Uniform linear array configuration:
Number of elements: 4
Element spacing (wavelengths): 0.75
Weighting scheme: cosine
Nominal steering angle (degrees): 60
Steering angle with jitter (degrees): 59.508
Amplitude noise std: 0.05
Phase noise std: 0.05

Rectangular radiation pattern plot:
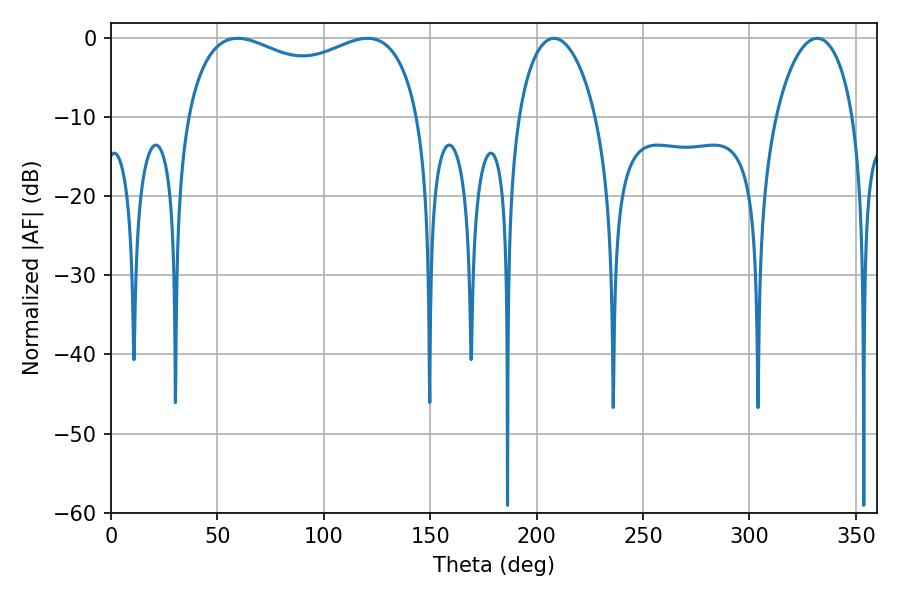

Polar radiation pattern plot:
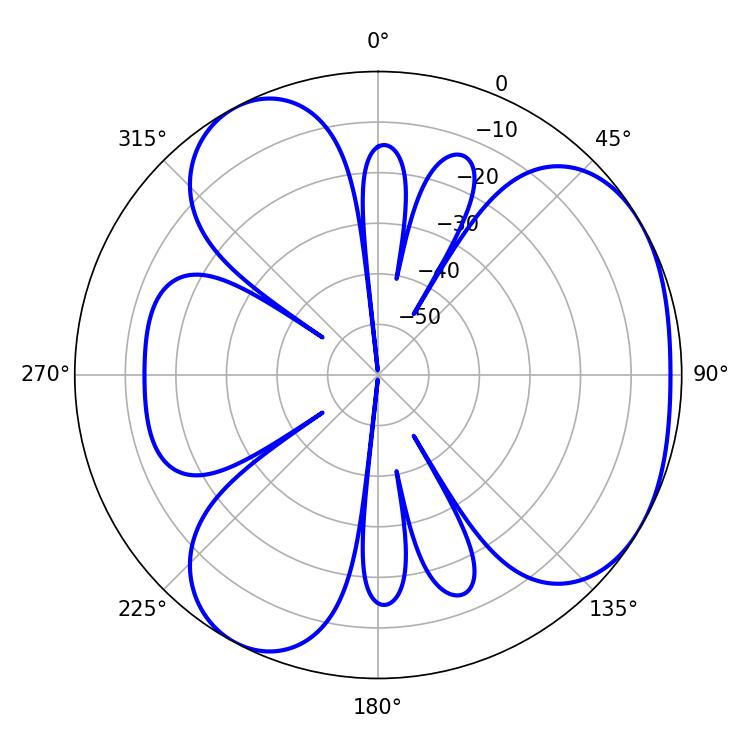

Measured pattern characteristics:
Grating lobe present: TRUE
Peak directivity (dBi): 4.042
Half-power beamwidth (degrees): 90.72
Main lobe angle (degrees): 59.4